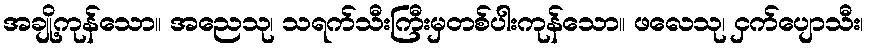
အချို့ကုန်သော။ အညေသု၊ သရက်သီးကြီးမှတစ်ပါးကုန်သော။ ဖလေသု၊ ငှက်ပျောသီး၊